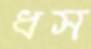
ধস